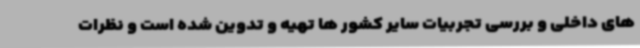
های داخلی و بررسی تجربیات سایر کشور ها تهیه و تدوین شده است و نظرات